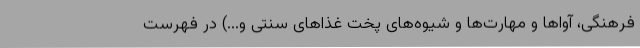
فرهنگی، آواها و مهارت‌ها و شیوه‌های پخت غذاهای سنتی و...) در فهرست